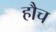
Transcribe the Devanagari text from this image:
हौच